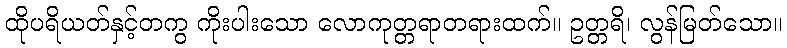
ထိုပရိယတ်နှင့်တကွ ကိုးပါးသော လောကုတ္တရာတရားထက်။ ဥတ္တရိ၊ လွန်မြတ်သော။